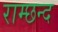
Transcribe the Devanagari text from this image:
राम्छन्द